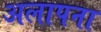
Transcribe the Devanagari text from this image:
अलापना